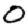
Digit: 0